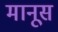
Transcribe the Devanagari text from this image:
मानूस